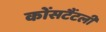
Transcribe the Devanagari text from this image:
कोंसटैंटली